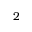
2